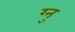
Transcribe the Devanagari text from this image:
ग्नु